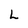
Character: L